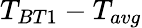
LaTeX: T_{BT1}-T_{avg}